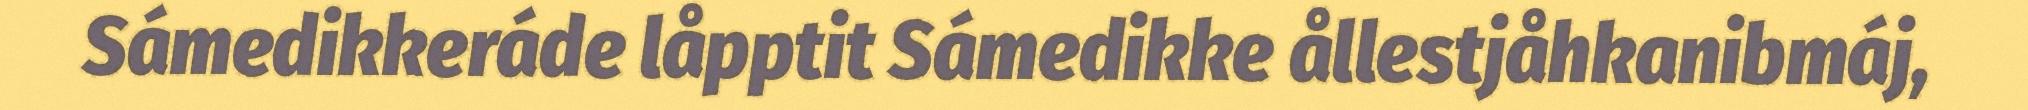
Sámedikkeráde låpptit Sámedikke ållestjåhkanibmáj,